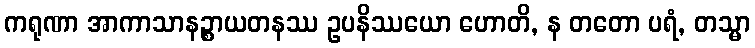
ကရုဏာ အာကာသာနဉ္စာယတနဿ ဥပနိဿယော ဟောတိ, န တတော ပရံ, တသ္မာ